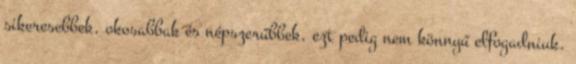
sikeresebbek, okosabbak és népszerűbbek, ezt pedig nem könnyű elfogadniuk.